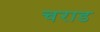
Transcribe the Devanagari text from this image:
चराड